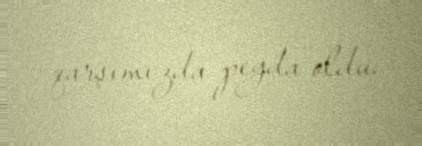
qarşımızda peyda oldu.